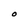
Character: O